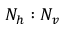
N _ { h } : N _ { v }